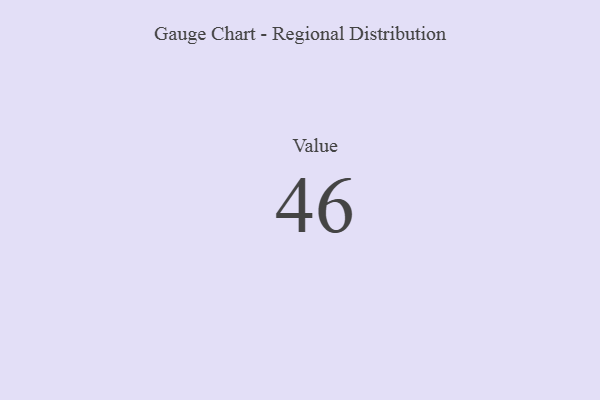
{"axis": {"x": "Metric", "y": "Value"}, "legend": [""], "data": [{"x": "Value", "y": 46, "type": ""}]}